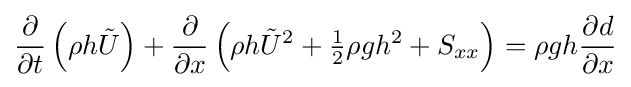
{\frac {\partial }{\partial t}}\left(\rho h{\tilde {U}}\right)+{\frac {\partial }{\partial x}}\left(\rho h{\tilde {U}}^{2}+{\tfrac {1}{2}}\rho gh^{2}+S_{xx}\right)=\rho gh{\frac {\partial d}{\partial x}}